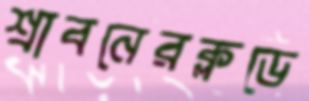
শ্রাবনেরক্লডে